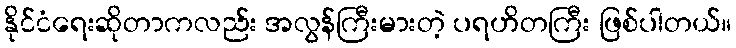
နိုင်ငံရေးဆိုတာကလည်း အလွန်ကြီးမားတဲ့ ပရဟိတကြီး ဖြစ်ပါတယ်။